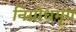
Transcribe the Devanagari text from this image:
निग्रोधमृग